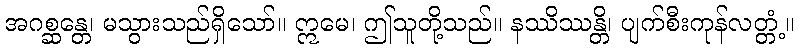
အဂစ္ဆန္တေ၊ မသွားသည်ရှိသော်။ ဣမေ၊ ဤသူတို့သည်။ နဿိဿန္တိ၊ ပျက်စီးကုန်လတ္တံ့။